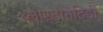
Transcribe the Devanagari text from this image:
ब्लास्टोनेटिडी